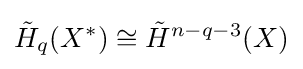
{\tilde {H}}_{q}(X^{*})\cong {\tilde {H}}^{n-q-3}(X)